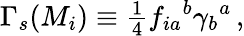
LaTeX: \Gamma_{s}(M_{i})\equiv{\textstyle\frac{1}{4}}f_{ia}{}^{b}\gamma_{b}{}^{a}\, ,